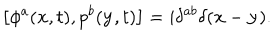
LaTeX: \left[ \phi ^ { a } ( { \bf x } , t ) , p ^ { b } ( { \bf y } , t ) \right] = i \delta ^ { a b } \delta ( { \bf x } - { \bf y } ) .